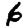
Digit: 6